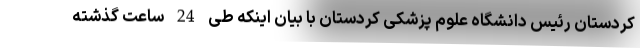
کردستان رئیس دانشگاه علوم پزشکی کردستان با بیان اینکه طی 24 ساعت گذشته